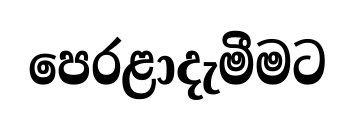
පෙරළාදැමීමට